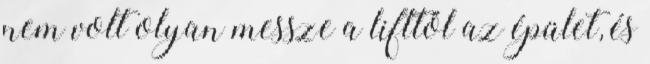
nem volt olyan messze a lifttől az épület, és